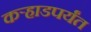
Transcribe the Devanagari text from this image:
कर्‍हाडपर्यंत